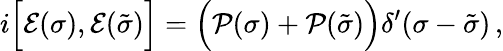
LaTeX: i\Bigl[{\cal E}(\sigma),{\cal E}(\tilde{\sigma})\Bigr]=\Bigl({\cal P}(\sigma)+{\cal P}(\tilde{\sigma})\Bigr)\delta^{\prime}(\sigma-\tilde{\sigma})\, ,